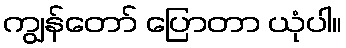
ကျွန်တော် ပြောတာ ယုံပါ။